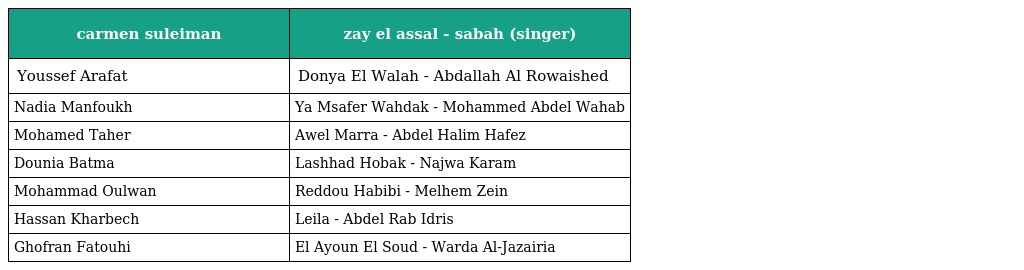
| carmen suleiman | zay el assal - sabah (singer) |
 | --- | --- |
 | Youssef Arafat | Donya El Walah - Abdallah Al Rowaished |
 | Nadia Manfoukh | Ya Msafer Wahdak - Mohammed Abdel Wahab |
 | Mohamed Taher | Awel Marra - Abdel Halim Hafez |
 | Dounia Batma | Lashhad Hobak - Najwa Karam |
 | Mohammad Oulwan | Reddou Habibi - Melhem Zein |
 | Hassan Kharbech | Leila - Abdel Rab Idris |
 | Ghofran Fatouhi | El Ayoun El Soud - Warda Al-Jazairia |